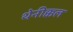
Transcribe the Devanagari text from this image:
थेनीक्कल